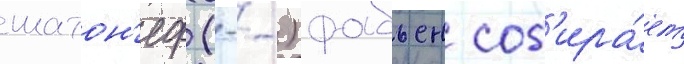
шатон'еф (--) фабьен соб'ира́ет